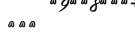
١٢٤